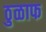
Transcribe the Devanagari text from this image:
ठुळाफ